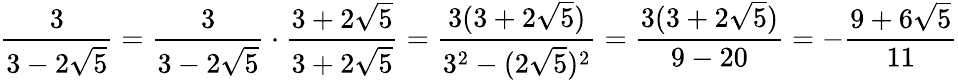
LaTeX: {\frac{3}{3-2{\sqrt{5}}}}={\frac{3}{3-2{\sqrt{5}}}}\cdot{\frac{3+2{\sqrt{5}}}{3+2{\sqrt{5}}}}={\frac{3(3+2{\sqrt{5}})}{{3}^{2}-(2{\sqrt{5}})^{2}}}={\frac{3(3+2{\sqrt{5}})}{9-20}}=-{\frac{9+6{\sqrt{5}}}{11}}